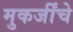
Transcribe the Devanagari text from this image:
मुकर्जींचे